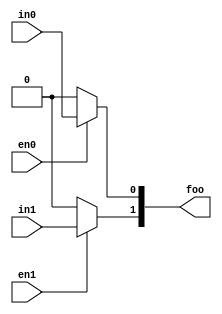
// This program was cloned from: https://github.com/steveicarus/ivtest
// License: GNU General Public License v2.0



module test
  (output reg [1:0] foo,
   input wire in0, en0,
   input wire in1, en1
   /* */);

   localparam foo_default = 2'b00;
   always @*
     begin
	foo = foo_default;
	if (en0) foo[0] = in0;
	if (en1) foo[1] = in1;
     end

endmodule // test

module main;

   wire [1:0] foo;
   reg	      in0, en0;
   reg	      in1, en1;

   test dut (.foo(foo), .in0(in0), .in1(in1), .en0(en0), .en1(en1));

   initial begin
      in0 = 1;
      in1 = 1;

      en0 = 0;
      en1 = 0;

      #1 if (foo !== 2'b00) begin
	 $display("FAILED -- foo=%b, in=%b%b, en=%b%b", foo, in1, in0, en1, en0);
	 $finish;
      end

      en0 = 1;
      #1 if (foo !== 2'b01) begin
	 $display("FAILED -- foo=%b, in=%b%b, en=%b%b", foo, in1, in0, en1, en0);
	 $finish;
      end

      en0 = 0;
      en1 = 1;
      #1 if (foo !== 2'b10) begin
	 $display("FAILED -- foo=%b, in=%b%b, en=%b%b", foo, in1, in0, en1, en0);
	 $finish;
      end

      en0 = 1;
      en1 = 1;
      #1 if (foo !== 2'b11) begin
	 $display("FAILED -- foo=%b, in=%b%b, en=%b%b", foo, in1, in0, en1, en0);
	 $finish;
      end

      $display("PASSED");
   end

endmodule // main